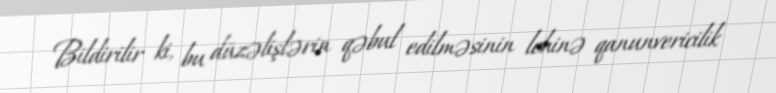
Bildirilir ki, bu düzəlişlərin qəbul edilməsinin lehinə qanunvericilik